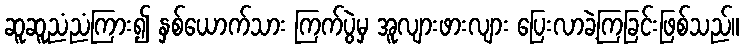
ဆူဆူညံညံကြား၍ နှစ်ယောက်သား ကြက်ပွဲမှ အူလျားဖားလျား ပြေးလာခဲ့ကြခြင်းဖြစ်သည်။